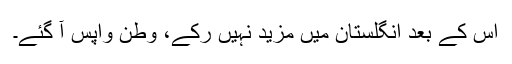
اس کے بعد انگلستان میں مزید نہیں رُکے، وطن واپس آ گئے۔